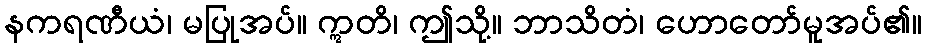
နကရဏီယံ၊ မပြုအပ်။ ဣတိ၊ ဤသို့။ ဘာသိတံ၊ ဟောတော်မူအပ်၏။